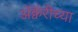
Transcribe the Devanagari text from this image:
अॅक्वॅरीच्या